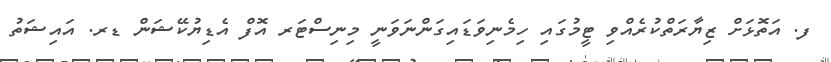
ފ. އަތޮޅަށް ޒިޔާރަތްކުރެއްވި ޓީމުގައި ހިމެނިވަޑައިގަންނަވަނީ މިނިސްޓަރ އޮފް އެޑިޔުކޭޝަން ޑރ. އައިޝަތު